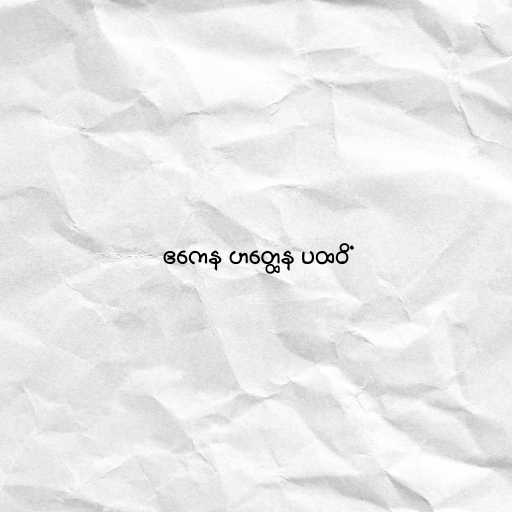
ဧကေန ဟတ္ထေန ပထဝိံ